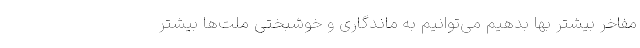
مفاخر بیشتر بها بدهیم می‌توانیم به ماندگاری و خوشبختی ملت‌ها بیشتر